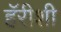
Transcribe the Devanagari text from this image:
हॅरीशी